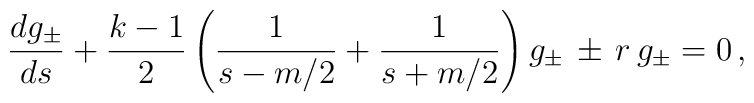
\frac{dg_\pm}{ds}+\frac{k-1}{2}\left(\frac{1}{s-m/2}+\frac{1}{s+m/2}\right)g_\pm \, \pm \,  r\,g_\pm=0   \, ,